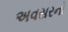
અવસરનો